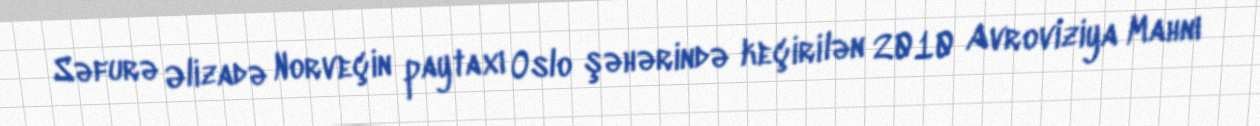
Səfurə Əlizadə Norveçin paytaxı Oslo şəhərində keçirilən 2010 Avroviziya Mahnı